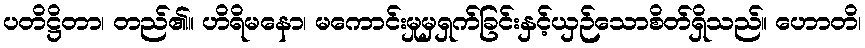
ပတိဋ္ဌိတာ၊ တည်၏။ ဟိရိမနော၊ မကောင်းမှုမှရှက်ခြင်းနှင့်ယှဉ်သောစိတ်ရှိသည်။ ဟောတိ၊